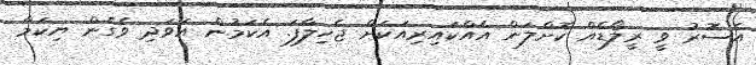
އެސޮރު ވީ ރީލޯޑެއް ކޮށްލަން އެއްކައިރިއަކަށް ޖެހިލާފަ. އެކަމުން އަވަދި ވެގެން ޔިކަމާ